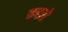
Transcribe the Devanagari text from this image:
कहले